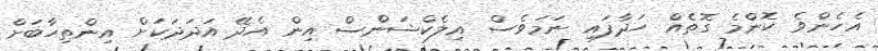
އެހެންވެ ކޮންމެ ގޮތެއް ހަދާފައި ނަމަވެސް އިލެކްޝަންސް އިން އެދޭ އަދަދަކަށް އިންތިހާބަށް